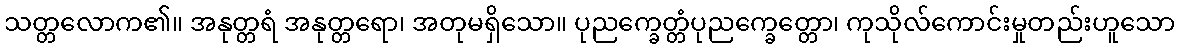
သတ္တလောက၏။ အနုတ္တရံ အနုတ္တရော၊ အတုမရှိသော။ ပုညက္ခေတ္တံပုညက္ခေတ္တော၊ ကုသိုလ်ကောင်းမှုတည်းဟူသော